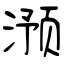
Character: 滪